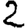
Digit: 2